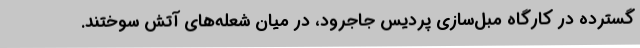
گسترده در کارگاه مبل‌سازی پردیسِ جاجرود، در میان شعله‌های آتش سوختند.